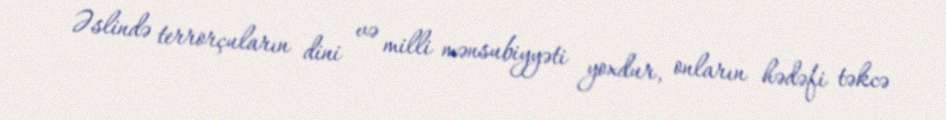
Əslində terrorçuların dini və milli mənsubiyyəti yoxdur, onların hədəfi təkcə